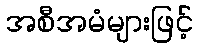
အစီအမံများဖြင့်